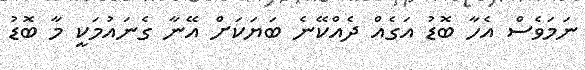
ނަމަވެސް އެހާ ބޮޑު އަގެއް ދެއްކޭނެ ބަޔަކަށް އޭނާ ގެނައުމަކީ މާ ބޮޑު